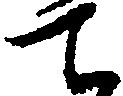
て